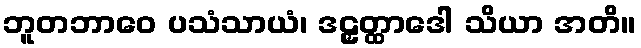
ဘူတဘာဝေ ပသံသာယံ၊ ဒဠှတ္ထာဒေါ သိယာ အတိ။